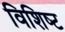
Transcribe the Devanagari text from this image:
विशिष्‍ट